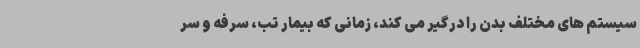
سیستم های مختلف بدن را درگیر می کند، زمانی که بیمار تب، سرفه و سر